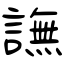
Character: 譕